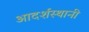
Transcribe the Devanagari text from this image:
आदर्शस्थानी